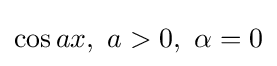
\cos ax,\ a>0,\ \alpha =0